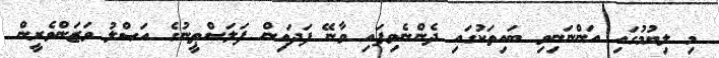
މި ލިޔުމުގައި އަންނަނިވި ބައިތަކުގައި ދެންނެވިފައި ވާނޭ ފަދައިން ފަލަސްޠީނުގެ އަޞްލު ވަޒަންވެރީން